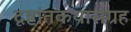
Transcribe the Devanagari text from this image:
दृष्टांतकथासंग्रह